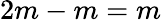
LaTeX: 2m-m=m